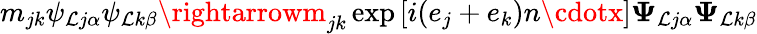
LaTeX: m_{jk}\psi_{\mathcal{L}j\alpha}\psi_{\mathcal{L}k\beta}\rightarrowm_{jk}\exp\left[i(e_{j}+e_{k})n\cdotx\right]{\mathbf{\Psi}}_{\mathcal{L}j\alpha}{\mathbf{\Psi}}_{\mathcal{L}k\beta}